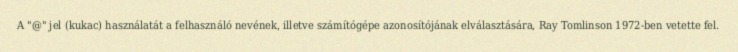
A "@" jel (kukac) használatát a felhasználó nevének, illetve számítógépe azonosítójának elválasztására, Ray Tomlinson 1972-ben vetette fel.